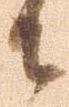
御